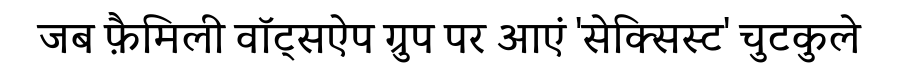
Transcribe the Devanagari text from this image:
जब फ़ैमिली वॉट्सऐप ग्रुप पर आएं 'सेक्सिस्ट' चुटकुले